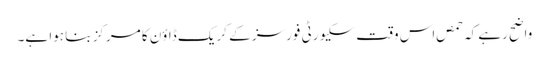
واضح رہے کہ حمص اس وقت سکیورٹی فورسز کے کریک ڈاؤن کا مرکز بنا ہوا ہے۔